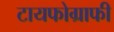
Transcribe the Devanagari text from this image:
टायफोग्राफी